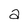
Character: a